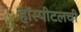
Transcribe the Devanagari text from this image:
हॉस्पीटलची